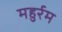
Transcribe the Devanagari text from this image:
महुर्रम